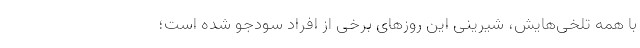
با همه تلخی‌هایش، شیرینی این روز‌های برخی از افراد سودجو شده است؛